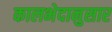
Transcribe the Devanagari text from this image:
कालभेदानुसार